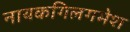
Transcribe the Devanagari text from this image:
नायकगिलगमेश